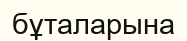
бұталарына